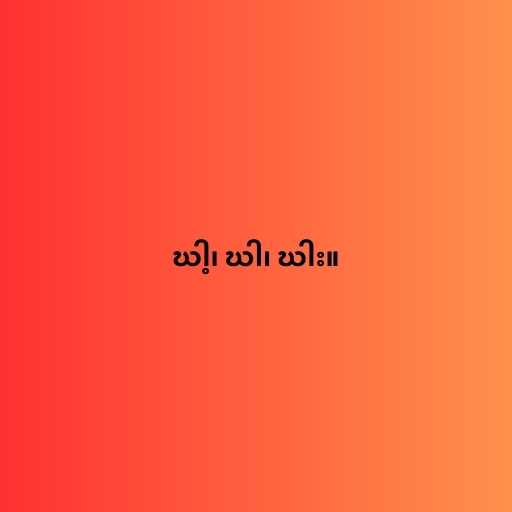
ဃါ့၊ ဃါ၊ ဃါး။